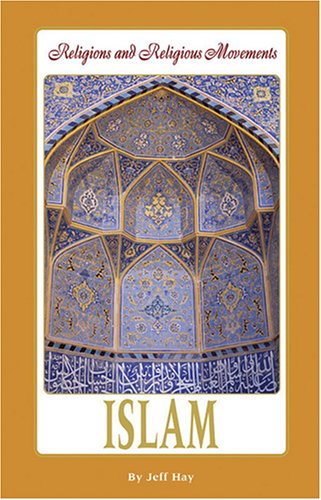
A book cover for Islam (Religions and Religious Movements); Mitchell Young; Teen & Young Adult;